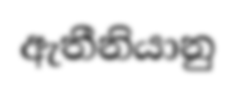
ඇතීනියානු